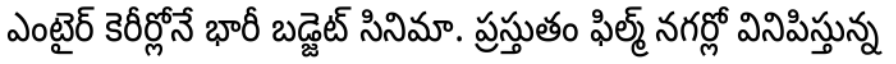
ఎంటైర్ కెరీర్లోనే భారీ బడ్జెట్ సినిమా. ప్రస్తుతం ఫిల్మ్ నగర్లో వినిపిస్తున్న